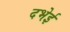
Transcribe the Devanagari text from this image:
दभेई